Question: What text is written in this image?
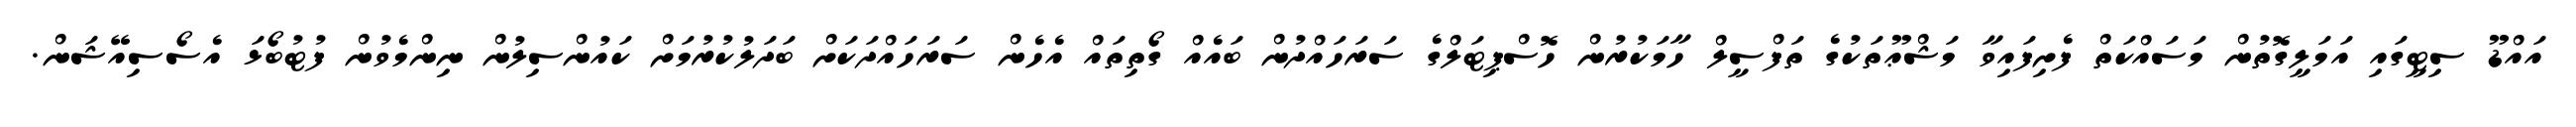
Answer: އައްޑޫ ސިޓީގައި އަމަލީގޮތުން މަސައްކަތް ފެށިފައިވާ މަޝްޢޫތަކުގެ ތަފްސީލް ހާމަކުރުން ހޮސްޕިޓަލްގެ ސަރަހައްދުން ބައެއް ގޯތިތައް އެހެން ސަރަހައްދަކަށް ބަދަލުކުރުމަށް ކައުންސިލުން ނިންމެވުން ފުޓުބޯޅަ އެސޯސިއޭޝަން.